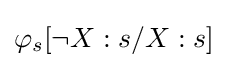
\varphi _{s}[\neg X:s/X:s]